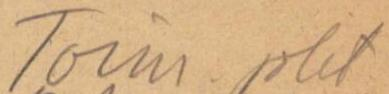
Toim. joht